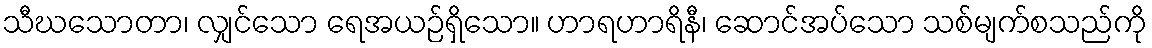
သီဃသောတာ၊ လျှင်သော ရေအယဉ်ရှိသော။ ဟာရဟာရိနီ၊ ဆောင်အပ်သော သစ်မျက်စသည်ကို